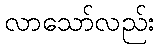
လာသော်လည်း